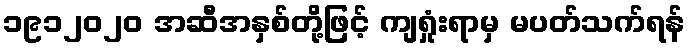
၁၉၁၂၀၂၀ အဆီအနှစ်တို့ဖြင့် ကျရှုံးရာမှ မပတ်သက်ရန်